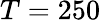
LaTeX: T=250